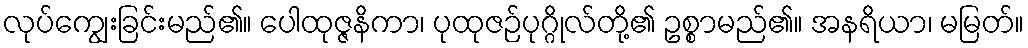
လုပ်ကျွေးခြင်းမည်၏။ ပေါထုဇ္ဇနိကာ၊ ပုထုဇဉ်ပုဂ္ဂိုလ်တို့၏ ဥစ္စာမည်၏။ အနရိယာ၊ မမြတ်။